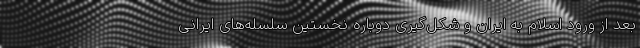
بعد از ورود اسلام به ایران و شکل‌گیری دوباره نخستین سلسله‌های ایرانی